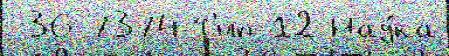
-36-7374 Т'ип 12 Нау́ка